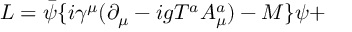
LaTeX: { \cal L } = \bar { \psi } \{ i \gamma ^ { \mu } ( \partial _ { \mu } - i g T ^ { a } A _ { \mu } ^ { a } ) - M \} \psi +